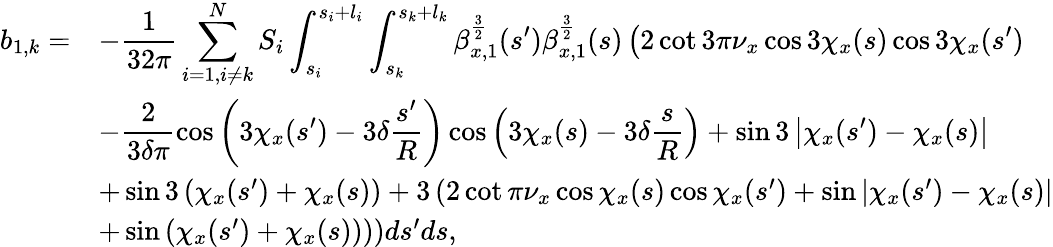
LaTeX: \begin{array}{cl}{\displaystyle b_{1,k}=}&{\displaystyle-\frac{1}{32\pi}\sum_{i=1,i\neq k}^{N}{S_{i}\int_{s_{i}}^{s_{i}+l_{i}}\int_{s_{k}}^{s_{k}+l_{k}}{\beta_{x,1}^{\frac{3}{2}}(s^{\prime})\beta_{x,1}^{\frac{3}{2}}(s)\left(2\cot{3\pi\nu_{x}}\cos{3\chi_{x}(s)}\cos{3\chi_{x}(s^{\prime})}\right.}}}\\ &{\displaystyle-\frac{2}{3\delta\pi}\cos{\left(3\chi_{x}(s^{\prime})-3\delta\frac{s^{\prime}}{R}\right)}\cos{\left(3\chi_{x}(s)-3\delta\frac{s}{R}\right)}+\sin{3\left|\chi_{x}(s^{\prime})-\chi_{x}(s)\right|}}\\ &{\left.+\sin{3\left(\chi_{x}(s^{\prime})+\chi_{x}(s)\right)}+3\left(2\cot{\pi\nu_{x}}\cos{\chi_{x}(s)}\cos{\chi_{x}(s^{\prime})}+\sin{\left|\chi_{x}(s^{\prime})-\chi_{x}(s)\right|}\right.\right.}\\ &{\left.\left.+\sin{\left(\chi_{x}(s^{\prime})+\chi_{x}(s)\right)}\right)\right)ds^{\prime}ds,}\end{array}